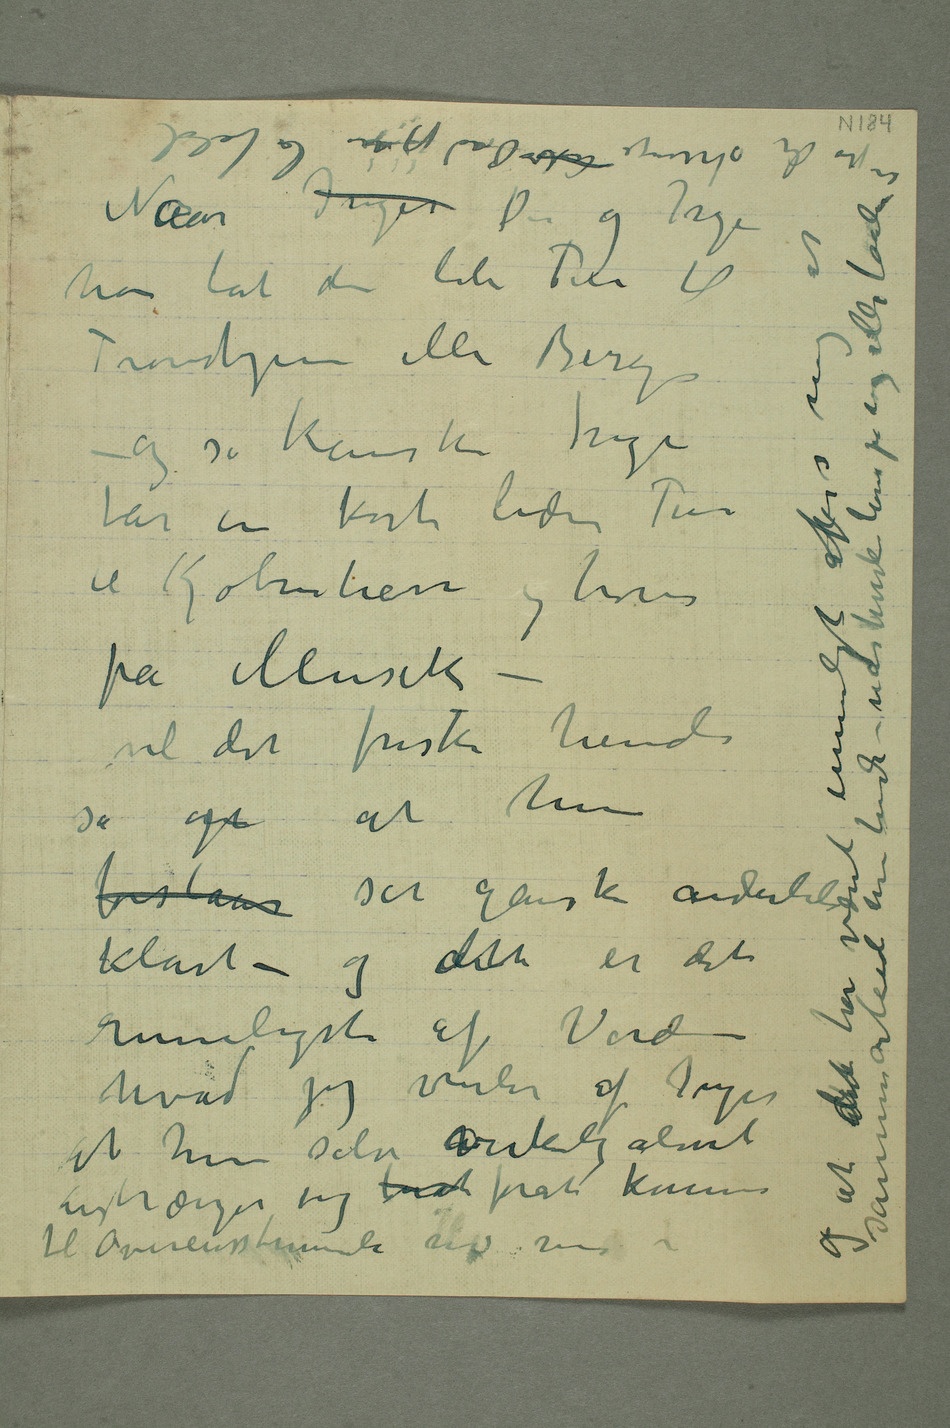
Naar Inger Du og Inger
så op at hun
forstaar ser ganske anderledes
klart – og erdette er det rimeligste af Verden
hvad jeg venter af Inger at
anstrænger sig forat forat komme til Overensstemmelse med
jeg nu lar